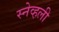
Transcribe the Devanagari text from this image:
स्नेव्हली